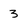
Character: 3